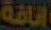
اناقة